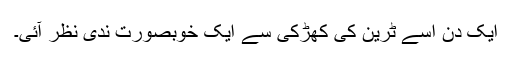
ایک دن اسے ٹرین کی کھڑکی سے ایک خوبصورت ندی نظر آئی۔